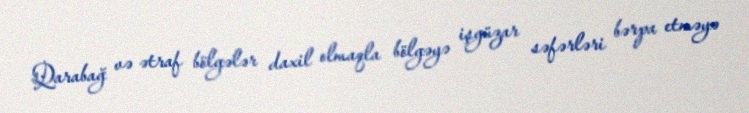
Qarabağ və ətraf bölgələr daxil olmaqla bölgəyə işgüzar səfərləri bərpa etməyə